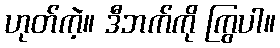
ဟုတ်ကဲ့။ ဒီဘက်ကို ကြွပါ။